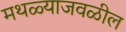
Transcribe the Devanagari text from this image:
मथळ्याजवळील